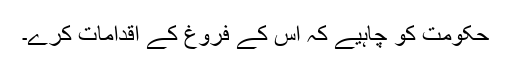
حکومت کو چاہیے کہ اس کے فروغ کے اقدامات کرے۔